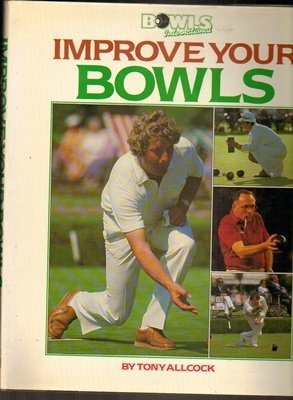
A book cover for Improve Your Bowls; Tony Allcock; Sports & Outdoors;